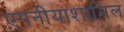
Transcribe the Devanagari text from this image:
एपनीयाशामिल